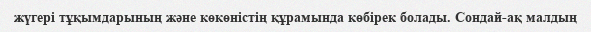
жүгері тұқымдарының және көкөністің құрамында көбірек болады. Сондай-ақ малдың